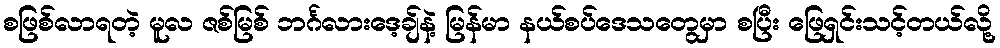
စဖြစ်လာရတဲ့ မူလ ဇစ်မြစ် ဘင်္ဂလားဒေ့ချ်နဲ့ မြန်မာ နယ်စပ်ဒေသတွေမှာ စပြီး ဖြေရှင်းသင့်တယ်လို့